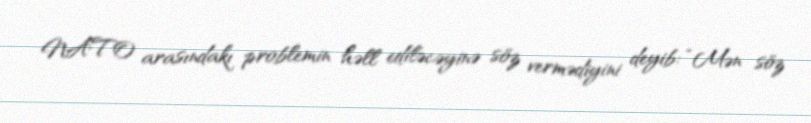
NATO arasındakı problemin həll ediləcəyinə söz vermədiyini deyib: “Mən söz